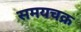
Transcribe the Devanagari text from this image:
समयचक्र